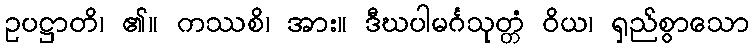
ဥပဋ္ဌာတိ၊ ၏။ ကဿစိ၊ အား။ ဒီဃပါမင်္ဂသုတ္တံ ဝိယ၊ ရှည်စွာသော